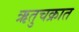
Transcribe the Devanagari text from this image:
ऋतुचक्रात